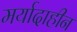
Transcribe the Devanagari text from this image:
मर्यादाहीन